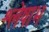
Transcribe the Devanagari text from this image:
श्लेषाभ